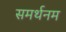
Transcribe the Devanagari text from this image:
समर्थनम